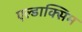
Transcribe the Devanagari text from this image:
एल्डाक्सिम